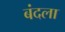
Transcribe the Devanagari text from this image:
बंदला